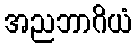
အညဘာဂိယံ